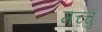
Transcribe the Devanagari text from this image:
मच्चु